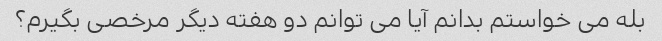
بله می خواستم بدانم آیا می توانم دو هفته دیگر مرخصی بگیرم؟